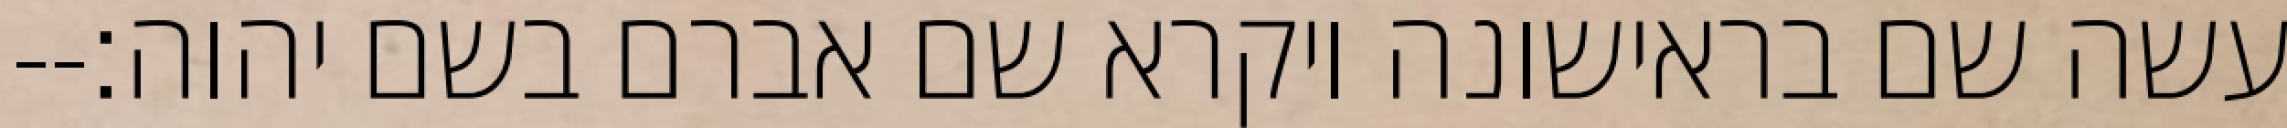
עשה שם בראישונה ויקרא שם אברם בשם יהוה׃--